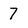
Character: 7